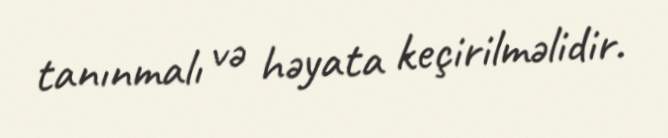
tanınmalı və həyata keçirilməlidir.